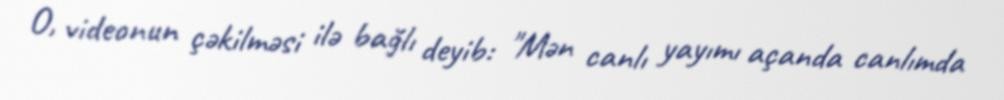
O, videonun çəkilməsi ilə bağlı deyib: "Mən canlı yayımı açanda canlımda